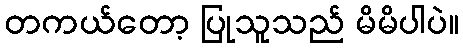
တကယ်တော့ ပြုသူသည် မိမိပါပဲ။